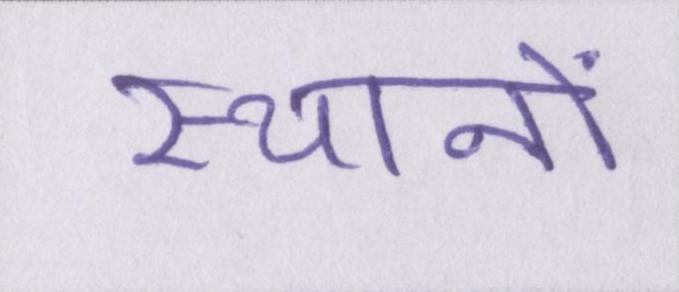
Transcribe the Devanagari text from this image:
स्थानों